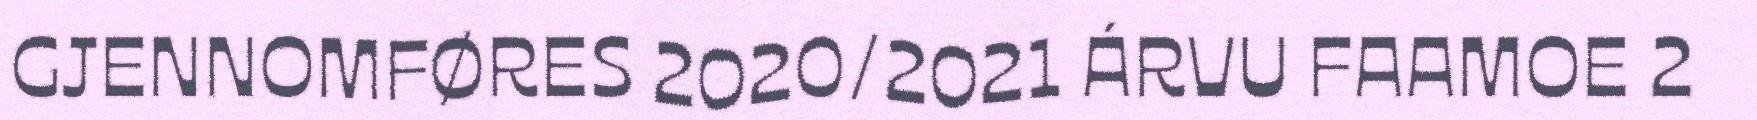
GJENNOMFØRES 2020/2021 ÁRVU FAAMOE 2